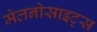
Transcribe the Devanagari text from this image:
मेलनोसाइट्स